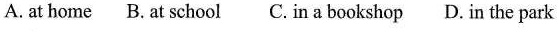
A. at home B.At school C. In a bookshop D. In the park